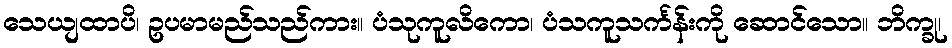
သေယျထာပိ၊ ဥပမာမည်သည်ကား။ ပံသုကူလိကော၊ ပံသကူသင်္ကန်းကို ဆောင်သော။ ဘိက္ခု၊